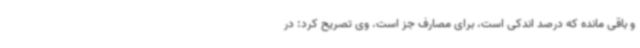
و باقی مانده که درصد اندکی است، برای مصارف جز است. وی تصریح کرد: در